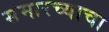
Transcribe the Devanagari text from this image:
समारच्याचा